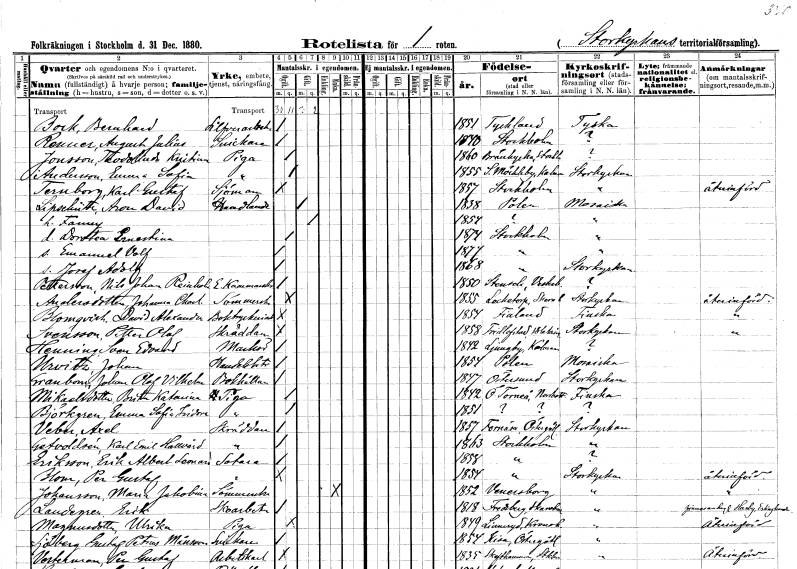
gt_parse: households: individuals: FN: Bernhard
EN: Bock
YRKE: Silverarbetare
KON: M
CIV: O
FODAR: 1851
FN: August Julius
EN: Renner
YRKE: Snickare
KON: M
CIV: O
FODAR: 1840
FODFORS: Stockholm
FN: Teodolinda Kristina
EN: Jonsson
YRKE: Piga
KON: K
CIV: O
FODAR: 1860
FODFORS: Brännkyrka Stockholms län
FN: Emma Sofia
EN: Andersson
YRKE: Piga
KON: K
CIV: O
FODAR: 1855
FODFORS: Södra Möckleby Kalmar län
FN: Karl Gustaf
EN: Ternborg
YRKE: Sjöman
KON: M
CIV: O
FODAR: 1857
FODFORS: Stockholm
FN: Aron David
EN: Lipsehütte
YRKE: Handlande
KON: M
CIV: G
FODAR: 1838
FN: Fanny
KON: K
CIV: G
FODAR: 1854
FN: Dorothea Ernestina
KON: K
CIV: O
FODAR: 1874
FODFORS: Stockholm
FN: Emanuel Volf
KON: M
CIV: O
FODAR: 1877
FODFORS: Stockholm
FN: Josef Adolf
KON: M
CIV: O
FODAR: 1868
FODFORS: Stockholm
FN: Nils Johan Reinhold
EN: Pettersson
YRKE: Kammarskrivare e.
KON: M
CIV: O
FODAR: 1850
FODFORS: Stensele Västerbottens län
FN: Johanna Charlotta
EN: Andersdotter
YRKE: Sömmerska
KON: K
CIV: O
FODAR: 1855
FODFORS: Locketorp Skaraborgs län
FN: David Alexander
EN: Blomqvist
YRKE: Boktryckeriarbetare
KON: M
CIV: O
FODAR: 1854
FN: Petter Olof
EN: Svensson
YRKE: Skräddare
KON: M
CIV: O
FODAR: 1858
FODFORS: Fivelstad Östergötlands län
FN: Sven Edvard
EN: Henning
YRKE: Markör
KON: M
CIV: O
FODAR: 1842
FODFORS: Ljungby Kalmar län
FN: Johan
EN: Urvitz
YRKE: Handelsbiträde
KON: M
CIV: O
FODAR: 1854
FN: Johan Olof Vilhelm
EN: Granbom
YRKE: Bokhållare
KON: M
CIV: O
FODAR: 1847
FODFORS: Östersund Jämtlands län
FN: Brita Katarina
EN: Mikaelsdotter
YRKE: Piga
KON: K
CIV: O
FODAR: 1842
FODFORS: Övertorneå Norrbottens län
FN: Emma Sofia Isidora
EN: Björkgren
YRKE: Piga
KON: K
CIV: O
FODAR: 1851
FN: Axel
EN: Veber
YRKE: Skräddare
KON: M
CIV: O
FODAR: 1857
FODFORS: Fornåsa Östergötlands län
FN: Karl Emil Hallvard
EN: Getfvoldsén
YRKE: Skräddare
KON: M
CIV: O
FODAR: 1863
FODFORS: Stockholm
FN: Erik Albert Leonard
EN: Eriksson
YRKE: Sotare
KON: M
CIV: O
FODAR: 1858
FODFORS: Stockholm
FN: Per Gustaf
EN: Blom
YRKE: Sotare
KON: M
CIV: O
FODAR: 1854
FODFORS: Stockholm
FN: Maria Jakobina
EN: Johansson
YRKE: Sömmerska
KON: K
CIV: O
FODAR: 1852
FODFORS: Vänersborg Älvsborgs län
FN: Erik
EN: Landegren
YRKE: Skoarbetare
KON: M
CIV: O
FODAR: 1818
FODFORS: Fredsberg Skaraborgs län